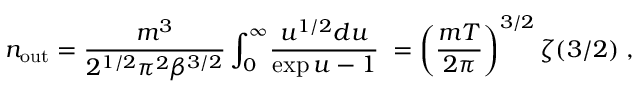
n _ { \mathrm { o u t } } = { \frac { m ^ { 3 } } { 2 ^ { 1 / 2 } \pi ^ { 2 } \beta ^ { 3 / 2 } } } \int _ { 0 } ^ { \infty } \! { \frac { u ^ { 1 / 2 } d u } { \exp u - 1 } } \; = \left( { \frac { m T } { 2 \pi } } \right) ^ { 3 / 2 } \zeta ( 3 / 2 ) \; ,